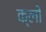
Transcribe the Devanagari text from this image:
क्लों